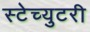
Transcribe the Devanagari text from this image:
स्टेच्युटरी